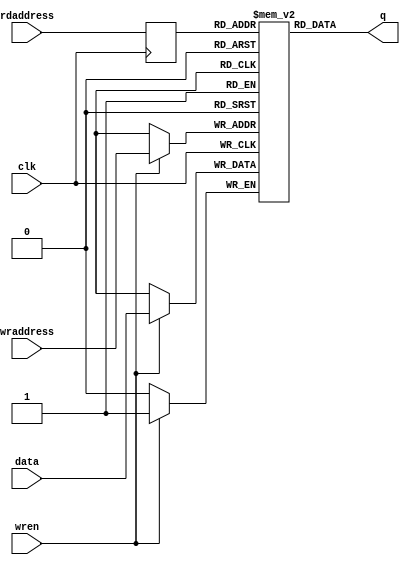
/*
 * Copyright (c) 2014, Aleksander Osman
 * All rights reserved.
 * 
 * Redistribution and use in source and binary forms, with or without
 * modification, are permitted provided that the following conditions are met:
 * 
 * * Redistributions of source code must retain the above copyright notice, this
 *   list of conditions and the following disclaimer.
 * 
 * * Redistributions in binary form must reproduce the above copyright notice,
 *   this list of conditions and the following disclaimer in the documentation
 *   and/or other materials provided with the distribution.
 * 
 * THIS SOFTWARE IS PROVIDED BY THE COPYRIGHT HOLDERS AND CONTRIBUTORS "AS IS"
 * AND ANY EXPRESS OR IMPLIED WARRANTIES, INCLUDING, BUT NOT LIMITED TO, THE
 * IMPLIED WARRANTIES OF MERCHANTABILITY AND FITNESS FOR A PARTICULAR PURPOSE ARE
 * DISCLAIMED. IN NO EVENT SHALL THE COPYRIGHT HOLDER OR CONTRIBUTORS BE LIABLE
 * FOR ANY DIRECT, INDIRECT, INCIDENTAL, SPECIAL, EXEMPLARY, OR CONSEQUENTIAL
 * DAMAGES (INCLUDING, BUT NOT LIMITED TO, PROCUREMENT OF SUBSTITUTE GOODS OR
 * SERVICES; LOSS OF USE, DATA, OR PROFITS; OR BUSINESS INTERRUPTION) HOWEVER
 * CAUSED AND ON ANY THEORY OF LIABILITY, WHETHER IN CONTRACT, STRICT LIABILITY,
 * OR TORT (INCLUDING NEGLIGENCE OR OTHERWISE) ARISING IN ANY WAY OUT OF THE USE
 * OF THIS SOFTWARE, EVEN IF ADVISED OF THE POSSIBILITY OF SUCH DAMAGE.
 */


module simple_ram
#( 	
    parameter width = 1,
    parameter widthad = 1
)
( 
    input                clk,
    
    input  [widthad-1:0] wraddress,
    input                wren,
    input    [width-1:0] data,
    
    input  [widthad-1:0] rdaddress,
    output   [width-1:0] q
);

   reg [width-1:0]   mem [(2**widthad)-1:0];
   reg [widthad-1:0] rdaddr;
   
   always @(posedge clk) begin
       if(wren) mem[wraddress] <= data;
       rdaddr <= rdaddress;
   end
   
   assign q = mem[rdaddr];
   
endmodule